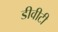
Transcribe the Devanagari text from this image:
डीवीटी